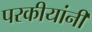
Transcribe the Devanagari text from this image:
परकीयांनी